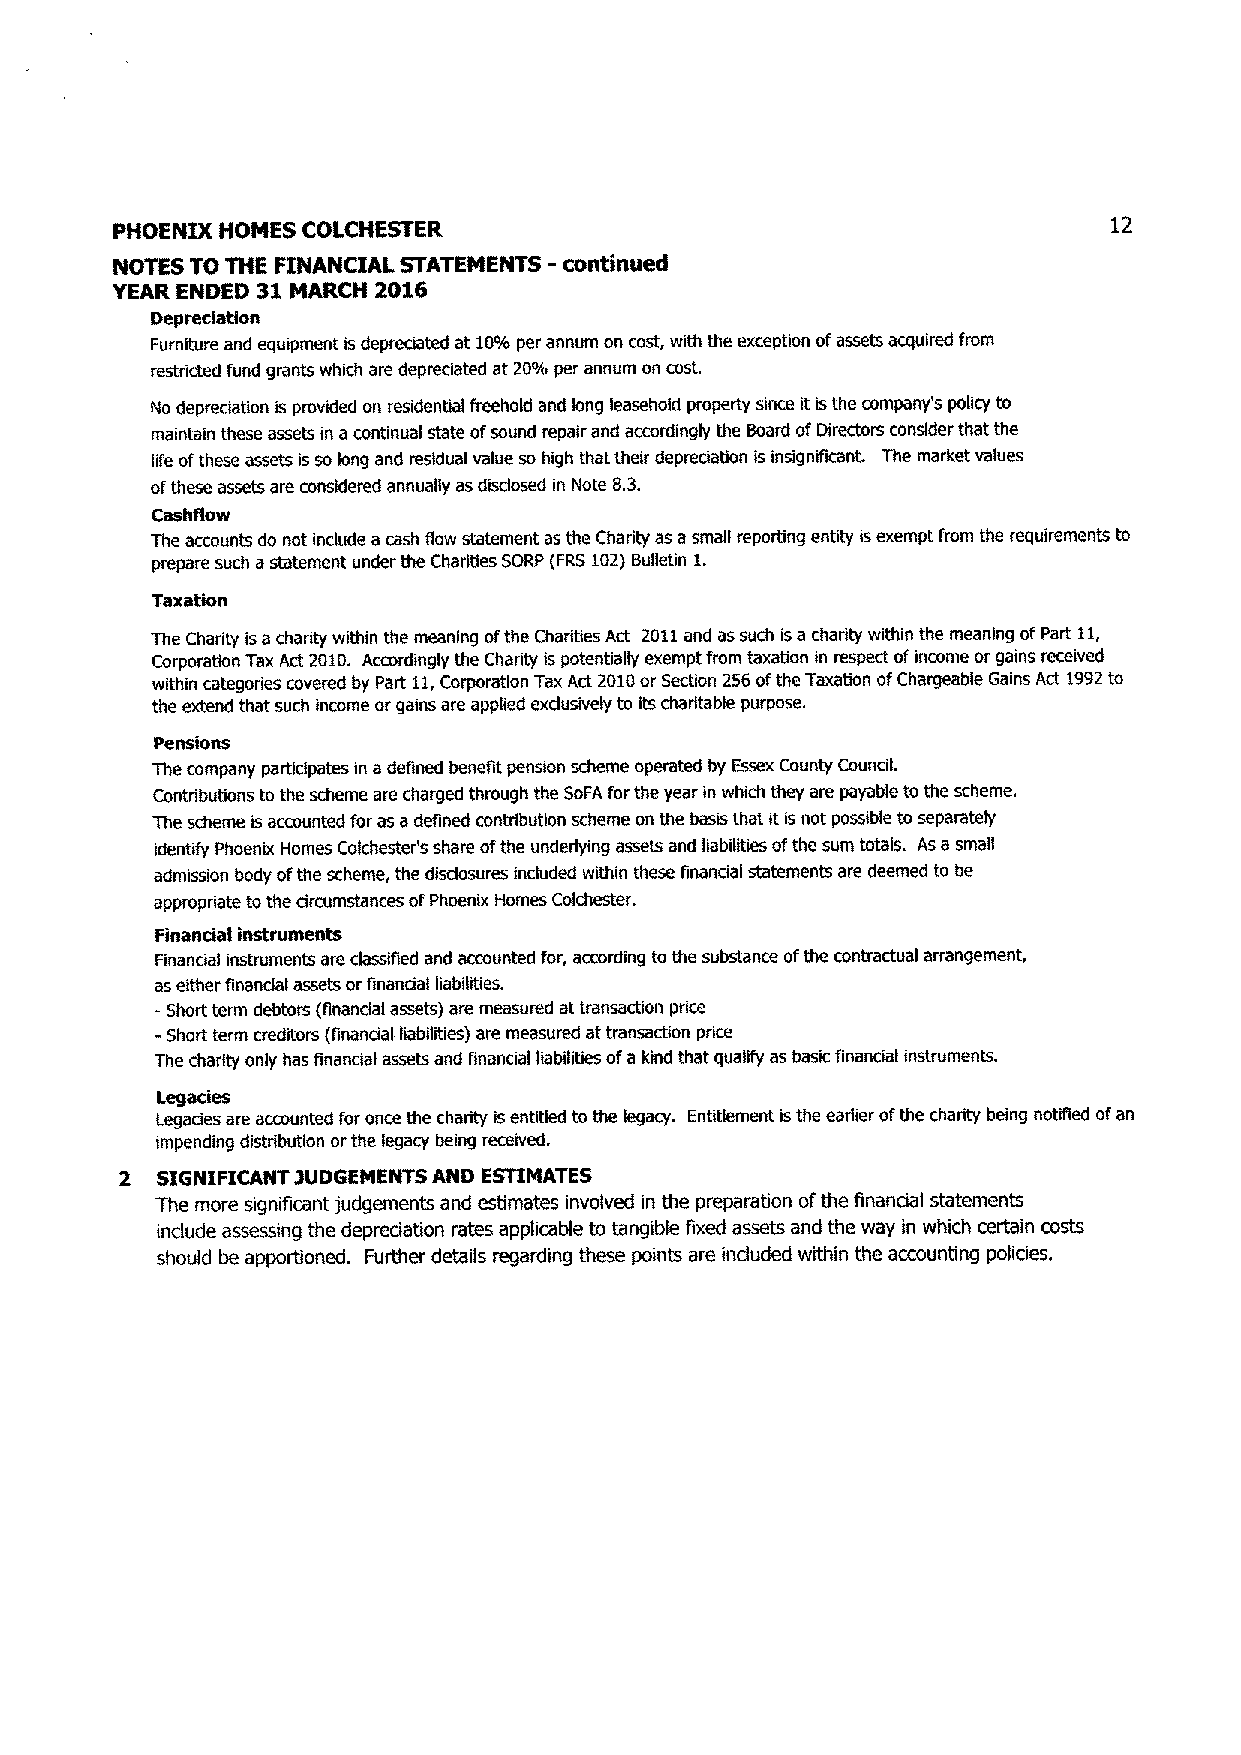
PHOENIX HOMES COLCHESTER                                          12
 NOTES TO THE FINANCIAL STATEMENTS -continued
 YEAR ENDED 31 MARCH 2016
 Depreciation
 Furniture and equipment is depreciated at SO% per annum on cost, with the exception of assets acquired from
 restricted fund grants which are depreciated at 20% per annum on cost.
 No depreciation is provided on residential freehold and bng leasehold property since it is the companys policy to
 maintain these assets in a continual state of sound repair and accordingly the Board of Directors consider that the
 life of these assets is so long and residual value so high that their depreciation is insignificant. The market values
 of these assets are considered annually as disclosed in Note 8.3.
 Cashflow
 The accounts do not include a wsh flow statement as the Charity as a small reporting entity is exempt from the requirements to
 prepare such a statement under the Charities SORP (FRS 102) Bulletin i,
 Taxation
 The Charity is a charity within the meaning of the Charities Act 2011 and as such is a charity within the meaning of Part il,
 Corporation Tax Act 2010. Accordingly the Charity is potentialty exempt from taxation in respect of income or gains received
 within categories covered by Part li, Corporation Tax Act 2010 or Section 256 of the Taxation of Chargeable Gains Act 1992 to
 the extend that such income or gains are applied exclusively to its charitable purpose.
 Pensions
 The company participates in a defined benefit pension scheme operated by Essex County Council.
 Contributions to the scheme are charged through the SOFA for the year in which they are payable to the scheme.
 The scheme is accounted for as a defined contribution scheme on the basis that it is not possible to separatety
 identify Phoenix Homes Colchester's share of the ondedying assets and Liabilities of the sum totals. As a small
 admission body of the scheme, the disclosures included within these financial statements are deemed to be
 appropriate to the circumstances of Phoenix Homes Colchester.
 Financial iMtruments
 Financial instruments are classified and attnunted for, according to the substance of the contractual arrangement,
 as either financial assets or financial liabilities.
 - Short term debtors (financial assetr) are measured at transaction price
 -Short term creditors (fina~ciat Liabilities) are measured at transaction price
 The charity only has financial assets and financial Liabilities of a kind that qualify as basic financial instruments.
 Legacies
 legacies are accounted for once the charity is entitled to the legacy. Entitlement is the earlier of the charity being notified of an
 impending distribution or the legacy being received.
 2 SIGNIFICANT7UDGEMENTSANDESTIMATES
 The more significant judgements and estimates involved in the preparation of the financial statements
 include assessing the depreciation rates applicable to tangible fixed assets and the way in which certain costs
 should be apportioned. Further details regarding these ports are included within the accounting policies.